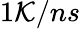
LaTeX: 1\mathcal{K}/ns